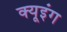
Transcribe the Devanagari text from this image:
क्यूइंग